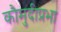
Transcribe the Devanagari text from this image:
कौमुदीप्रभा